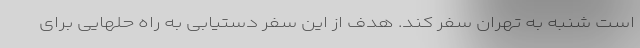
است شنبه به تهران سفر کند. هدف از این سفر دستیابی به راه حلهایی برای